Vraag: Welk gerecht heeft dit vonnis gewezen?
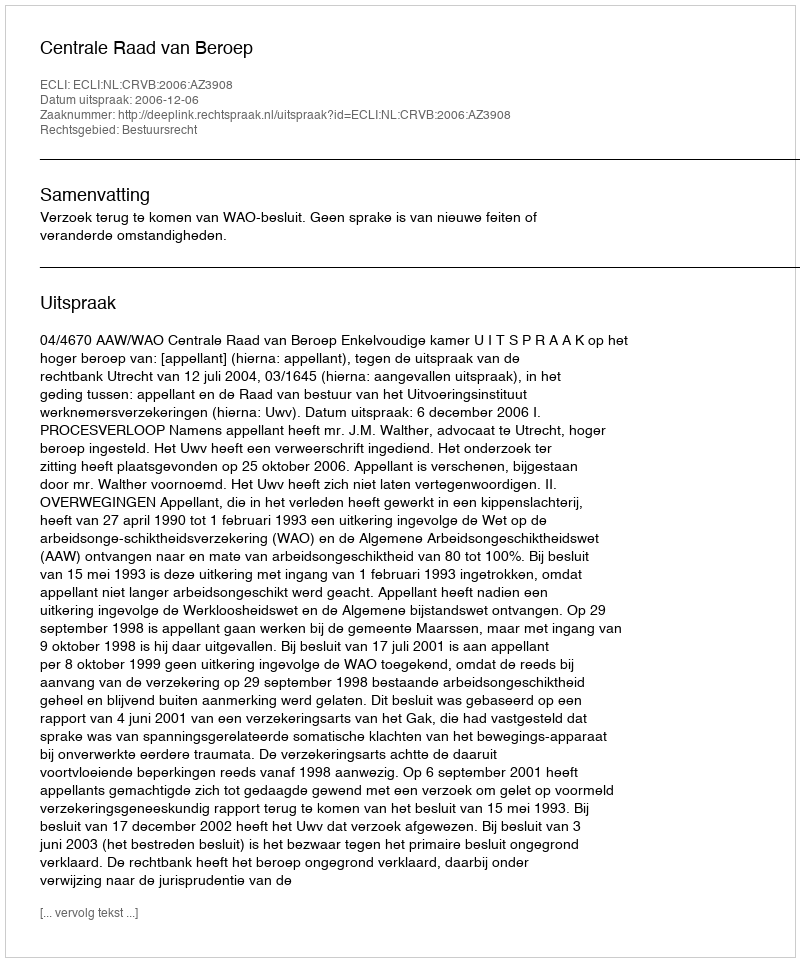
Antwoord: Centrale Raad van Beroep